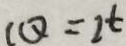
C Q = 2 t